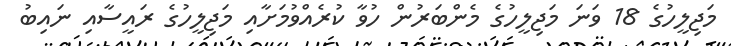
މަޖިލީހުގެ 18 ވަނަ މަޖިލީހުގެ މެންބަރުން ހުވާ ކުރެއްވުމަށާއި މަޖިލީހުގެ ރައީސާއި ނައިބު